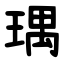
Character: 㻦